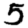
Digit: 5